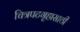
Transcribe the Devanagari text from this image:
चित्रपटगृहासाठी